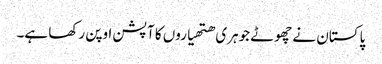
پاکستان نے چھوٹے جوہری ھتھیاروں کا آپشن اوپن رکھا ہے۔